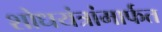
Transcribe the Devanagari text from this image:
शोधयंत्रांमार्फत